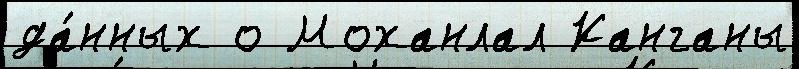
да́нных о Моханлал Канганы